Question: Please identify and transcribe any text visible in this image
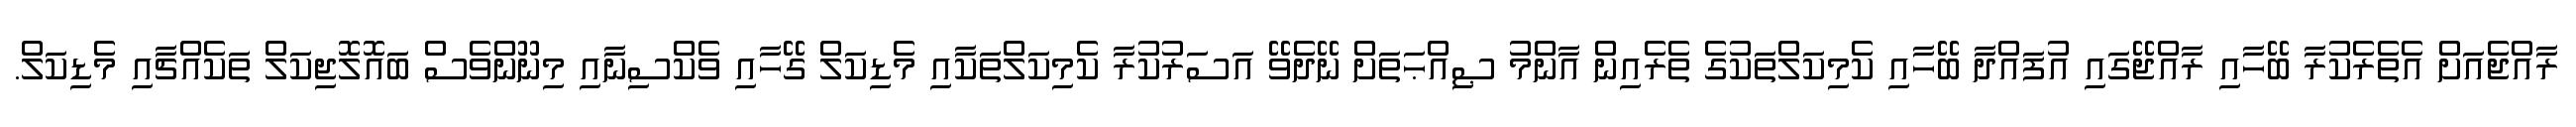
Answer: ރާއްޖެއަށް އެތެރެކުރާ ބޭހާއި ރާއްޖޭގައި އުފައްދާ ބޭހާއި ކެމިކަލްތަކުގެ ތެރެއިން އާންމު ޞިއްޙަތަށް ނޭދެވޭ އަސަރުކުރާ ކެމިކަލްތަކާއި މެޑިކަލް ގޭހާއި ވެކްސިނާއި މިނޫންވެސް ބައޮލޮޖިކަލް ތަކެއްޗާއި މެޑިކަލް.